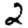
Digit: 2